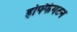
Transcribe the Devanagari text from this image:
हफ्फिंगटन